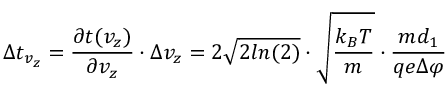
\Delta t _ { v _ { z } } = \frac { \partial t ( v _ { z } ) } { \partial v _ { z } } \cdot \Delta v _ { z } = 2 \sqrt { 2 l n ( 2 ) } \cdot \sqrt { \frac { k _ { B } T } { m } } \cdot \frac { m d _ { 1 } } { q e \Delta \varphi }